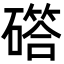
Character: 𮁇